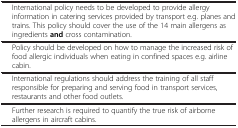
<table><thead><tr><td colspan="2">[EMPTY_CELL]</td></tr></thead><tbody><tr><td>[EMPTY_CELL]</td><td>International policy needs to be developed to provide allergy information in catering services provided by transport e.g. planes and trains. This policy should cover the use of the 14 main allergens as ingredients <b>and</b> cross contamination.</td></tr><tr><td>[EMPTY_CELL]</td><td>Policy should be developed on how to manage the increased risk of food allergic individuals when eating in confined spaces e.g. airline cabin.</td></tr><tr><td>[EMPTY_CELL]</td><td>International regulations should address the training of all staff responsible for preparing and serving food in transport services, restaurants and other food outlets.</td></tr><tr><td>[EMPTY_CELL]</td><td>Further research is required to quantify the true risk of airborne allergens in aircraft cabins.</td></tr></tbody></table>